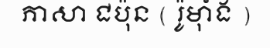
ភាសា ជប៉ុន ( រ៉ូម៉ាំង )